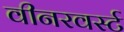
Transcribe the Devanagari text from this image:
वीनरवर्स्ट